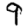
Digit: 9